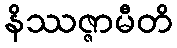
နိဿဇ္ဇာမီတိ